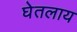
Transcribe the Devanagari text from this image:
घेतलाय